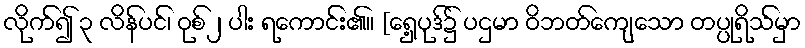
လိုက်၍ ၃ လိန်ပင်၊ ဝုစ်၂ ပါး ရကောင်း၏။ [ရှေ့ပုဒ်၌ ပဌမာ ဝိဘတ်ကျေသော တပ္ပုရိသ်မှာ